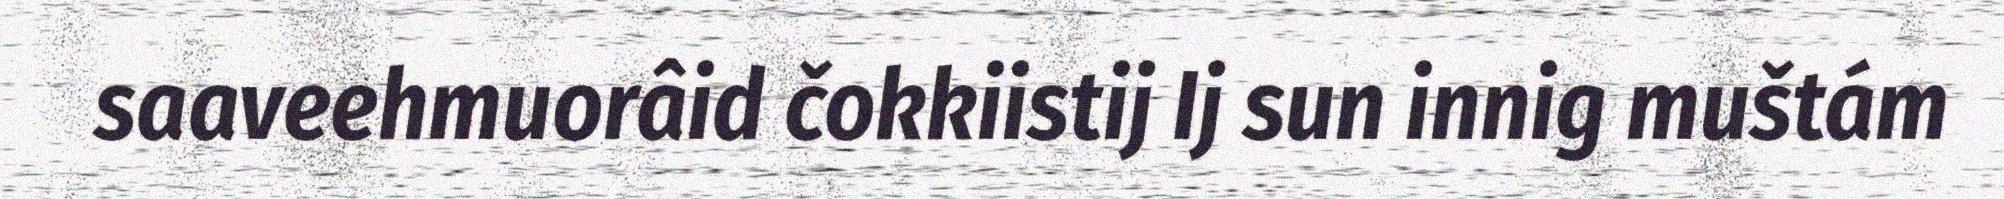
saaveehmuorâid čokkiistij Ij sun innig muštám